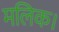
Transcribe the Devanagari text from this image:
मलिक।